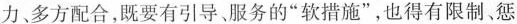
力、多方配合，既要有引导、服务的”软措施”，也得有限制、惩